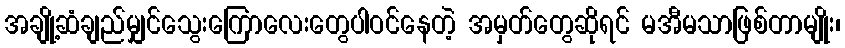
အချို့ဆံချည်မျှင်သွေးကြောလေးတွေပါဝင်နေတဲ့ အမှတ်တွေဆိုရင် မအီမသာဖြစ်တာမျိုး၊